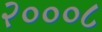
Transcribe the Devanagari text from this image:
२०००८